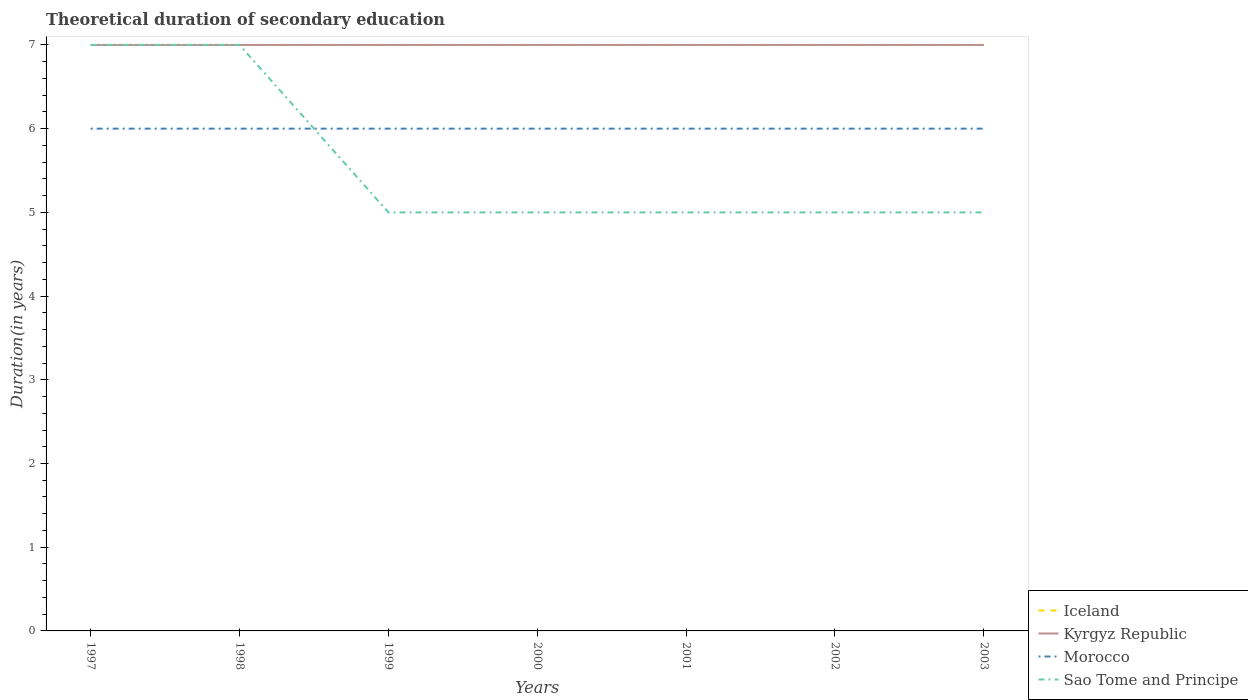
| Years | Iceland | Kyrgyz Republic | Morocco | Sao Tome and Principe |
 | --- | --- | --- | --- | --- |
 | 1997 | 7 | 7 | 6 | 7 |
 | 1998 | 7 | 7 | 6 | 7 |
 | 1999 | 7 | 7 | 6 | 5 |
 | 2000 | 7 | 7 | 6 | 5 |
 | 2001 | 7 | 7 | 6 | 5 |
 | 2002 | 7 | 7 | 6 | 5 |
 | 2003 | 7 | 7 | 6 | 5 |